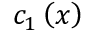
c _ { 1 } \left( x \right)